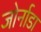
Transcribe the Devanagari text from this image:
जोर्नाडा